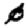
Digit: 0